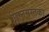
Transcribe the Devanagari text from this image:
छिन्नमस्तका